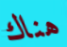
هناك